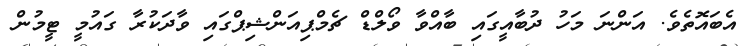
އެބައޮތެވެ. އަންނަ މަހު ދުބާއީގައި ބާއްވާ ވޯލްޑް ޗެމްޕިއަންޝިޕްގައި ވާދަކުރާ ގައުމީ ޓީމުން